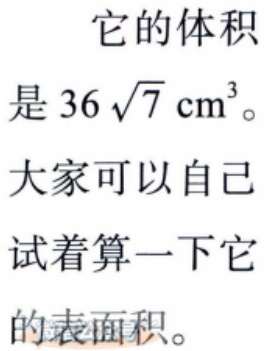
它的体积
是\(36\sqrt{7}\text{ cm}^3\)。
大家可以自己
试着算一下它
的表面积。